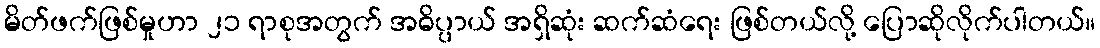
မိတ်ဖက်ဖြစ်မှုဟာ ၂၁ ရာစုအတွက် အဓိပ္ပာယ် အရှိဆုံး ဆက်ဆံရေး ဖြစ်တယ်လို့ ပြောဆိုလိုက်ပါတယ်။